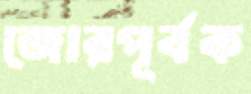
জোরপূর্বক